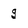
Character: g